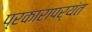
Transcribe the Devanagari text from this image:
प्रकारापर्यंत